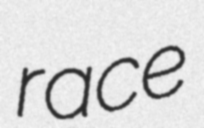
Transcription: race